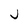
Character: j